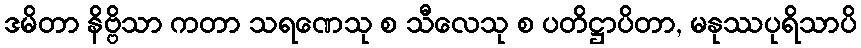
ဒမိတာ နိဗ္ဗိသာ ကတာ သရဏေသု စ သီလေသု စ ပတိဋ္ဌာပိတာ, မနုဿပုရိသာပိ